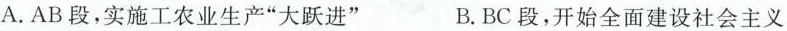
A.AB段，实施工农业生产”大跃进” B.BC段，开始全面建设社会主义